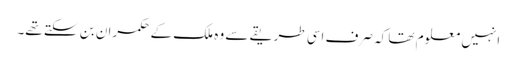
انہیں معلوم تھا کہ صرف اسی طریقے سے وہ ملک کے حکمران بن سکتے تھے۔